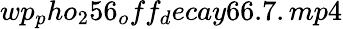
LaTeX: wp_{p}ho_{2}56_{o}ff_{d}ecay66.7.mp4